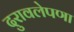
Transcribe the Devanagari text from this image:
दुरावलेपणा